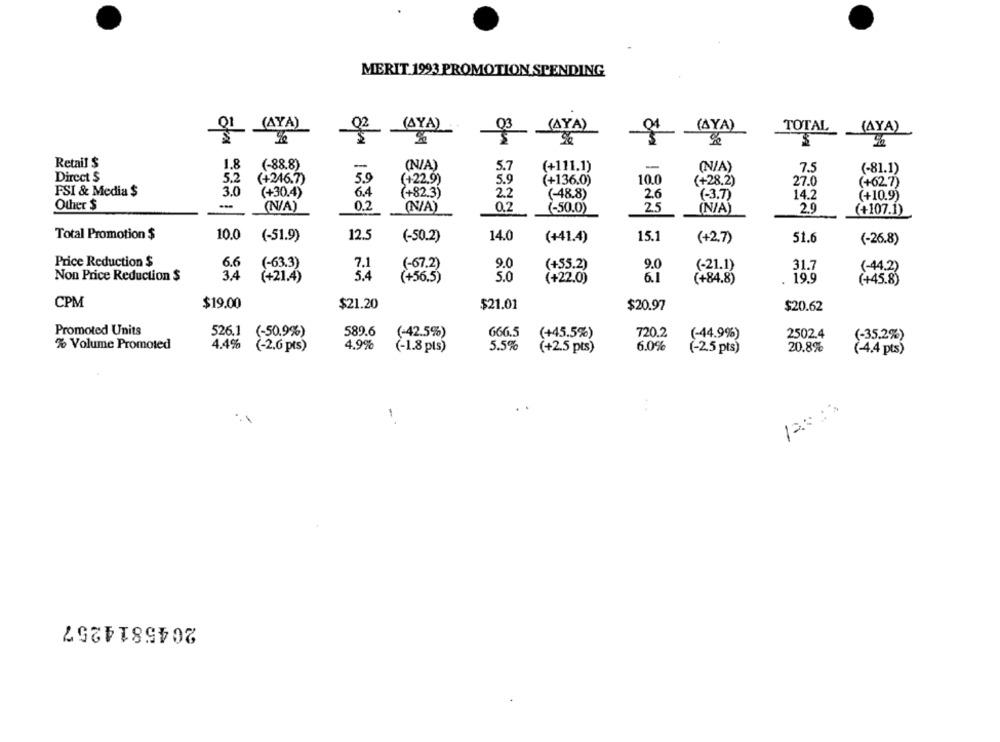
MERIT 1993 PROMOTION SPENDING
(AYA)
02
(AYA)
AYA)
TOTAL
(AYA)
(AYA)
%
3
Retail $
1.8
(-88.8)
-
(N/A)
5.7
(+111.1)
-
(N/A)
7.5
(-81.1)
Direct $
5.2
(+246.7)
5.9
(+22.9)
5.9
(+136.0)
10.0
(+28.2)
27.0
(+62.7)
FSI & Media $
3.0
(+30.4)
6.4
(+82.3)
2.2
(-48.8)
2.6
(-3.7)
14.2
(+10.9)
Other $
(N/A)
0.2
(N/A)
0.2
(-50.0)
25
2.9
(N/A)
(+107.1)
Total Promotion $
10.0
(-51.9)
12.5
14.0
(+41.4)
15.1
(-50.2)
(+2.7)
51.6
(-26.8)
Price Reduction $
6.6
(-63.3)
7.1
(-67.2)
9.0
(+55.2)
9.0
(-21.1)
31.7
(-44.2)
34
Non Price Reduction $
(+21.4)
(+56.5)
5.0
(+22.0)
6.1
(+84.8)
19.9
(+45.8)
CPM
$19.00
$21.20
$21.01
$20.97
$20.62
Promoted Units
526.1
(-50.9%)
589.6
(-42.5%)
666.5
(+45.5%)
720.2
2502.4
(-44.9%)
(-35.2%)
% Volume Promoted
4.4%
(-2.6 pts)
4.9%
(-1.8 pts)
5.5%
6.0%
20.8%
(+2.5 pts)
(-25 pts)
(-4.4 pts)
2045814257